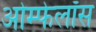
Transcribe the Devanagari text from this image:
ओम्फेलॉस